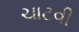
ચાટવી